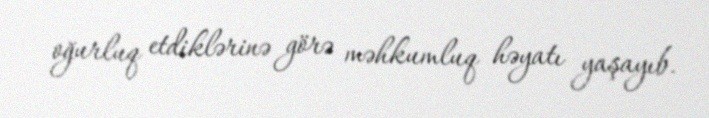
oğurluq etdiklərinə görə məhkumluq həyatı yaşayıb.